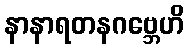
နာနာရတနဂဗ္ဘေဟိ